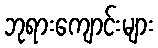
ဘုရားကျောင်းများ